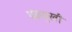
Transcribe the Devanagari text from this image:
पंकमुखी